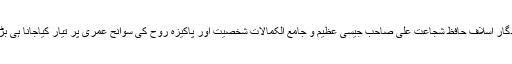
اس سوانحی گُلدستہ کا یادگار اسلاف حافظ شُجاعت علی صاحب جیسی عظیم و جامع الکمالات شخصیت اور پاکیزہ روح کی سوانح عمری پر تیار کیاجانا ہی بڑی مقبولیت کی دلیل تھا ۔